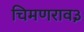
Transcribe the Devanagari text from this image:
चिमणराव३